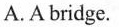
A.A bridge.